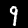
Digit: 9